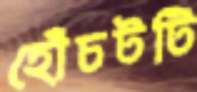
হোঁচটটি